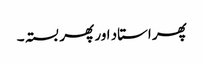
پھر استاد اور پھر بستہ ۔